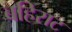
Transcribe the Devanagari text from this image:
बहिराट